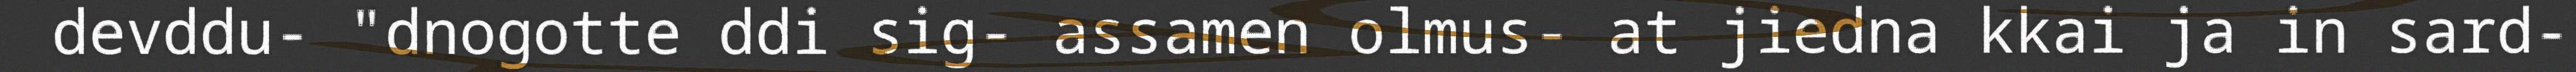
devddu- "dnogotte ddi sig- assamen olmus- at jiedna kkai ja in sard-